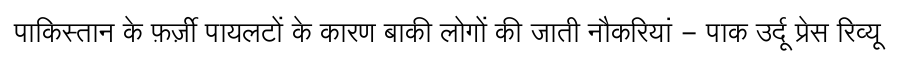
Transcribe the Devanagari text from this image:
पाकिस्तान के फ़र्ज़ी पायलटों के कारण बाकी लोगों की जाती नौकरियां - पाक उर्दू प्रेस रिव्यू